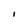
Character: I